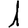
Digit: 1